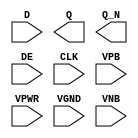
module sky130_fd_sc_hd__edfxbp (
    //# {{data|Data Signals}}
    input  D   ,
    output Q   ,
    output Q_N ,

    //# {{control|Control Signals}}
    input  DE  ,

    //# {{clocks|Clocking}}
    input  CLK ,

    //# {{power|Power}}
    input  VPB ,
    input  VPWR,
    input  VGND,
    input  VNB
);
endmodule